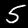
Label: 5